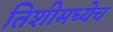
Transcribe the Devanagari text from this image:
तिशीमध्येच